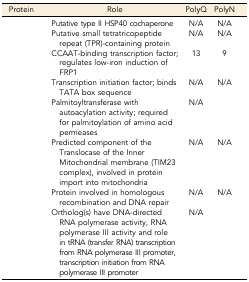
<table><thead><tr><td><b>Protein</b></td><td><b>Role</b></td><td><b>PolyQ</b></td><td><b>PolyN</b></td></tr></thead><tbody><tr><td>[EMPTY_CELL]</td><td>Putative type II HSP40 cochaperone</td><td>N/A</td><td>N/A</td></tr><tr><td>[EMPTY_CELL]</td><td>Putative small tetratricopeptide repeat (TPR)-containing protein</td><td>N/A</td><td>N/A</td></tr><tr><td>[EMPTY_CELL]</td><td>CCAAT-binding transcription factor; regulates low-iron induction of FRP1</td><td>13</td><td>9</td></tr><tr><td>[EMPTY_CELL]</td><td>Transcription initiation factor; binds TATA box sequence</td><td>N/A</td><td>N/A</td></tr><tr><td>[EMPTY_CELL]</td><td>Palmitoyltransferase with autoacylation activity; required for palmitoylation of amino acid permeases</td><td>N/A</td><td>[EMPTY_CELL]</td></tr><tr><td>[EMPTY_CELL]</td><td>Predicted component of the Translocase of the Inner Mitochondrial membrane (TIM23 complex), involved in protein import into mitochondria</td><td>N/A</td><td>N/A</td></tr><tr><td>[EMPTY_CELL]</td><td>Protein involved in homologous recombination and DNA repair</td><td>N/A</td><td>N/A</td></tr><tr><td>[EMPTY_CELL]</td><td>Ortholog(s) have DNA-directed RNA polymerase activity, RNA polymerase III activity and role in tRNA (transfer RNA) transcription from RNA polymerase III promoter, transcription initiation from RNA polymerase III promoter</td><td>N/A</td><td>[EMPTY_CELL]</td></tr></tbody></table>